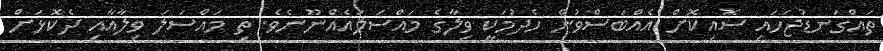
ތައްގަނޑުޖަހައި ސޮއިކޮށް އެއްބަސްވުން ހެދުމަކީ ވިލާގެ މައްސަލައެއްނޫނެވެ. ތި މައްސަލަ ވިލާއާއި ދެކޮޅަށް